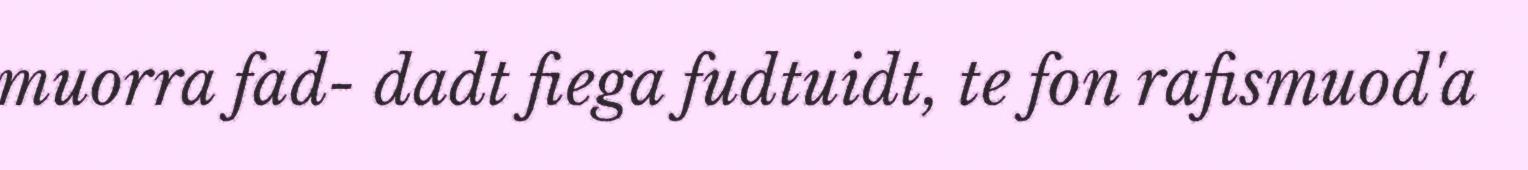
muorra fad- dadt fiega fudtuidt, te fon rafismuod'a